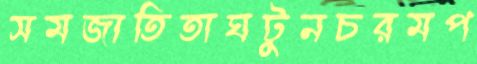
সমজাতিতাঘটুনচরমপ